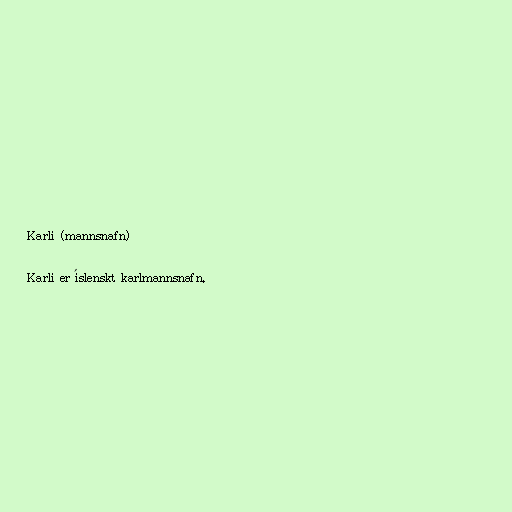
Karli (mannsnafn)

Karli er íslenskt karlmannsnafn.